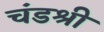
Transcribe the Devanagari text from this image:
चंडश्री